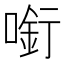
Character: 𠼫